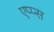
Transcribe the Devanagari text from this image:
एप्प्स